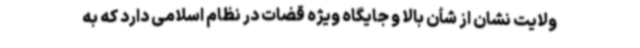
ولایت نشان از شأن بالا و جایگاه ویژه قضات در نظام اسلامی دارد که به